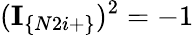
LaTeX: (\textbf{I}_{\{ N2i+\} })^{2}=-1